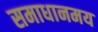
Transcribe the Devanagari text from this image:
समाधानमय